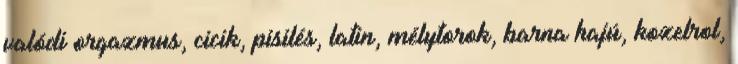
valódi orgazmus, cicik, pisilés, latin, mélytorok, barna hajú, kozelrol,